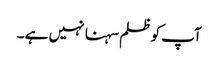
آپ کو ظلم سہنا نہیں ہے ۔